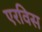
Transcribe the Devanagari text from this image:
एरविस